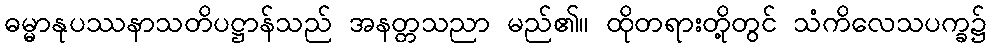
ဓမ္မာနုပဿနာသတိပဋ္ဌာန်သည် အနတ္တသညာ မည်၏။ ထိုတရားတို့တွင် သံကိလေသပက္ခ၌